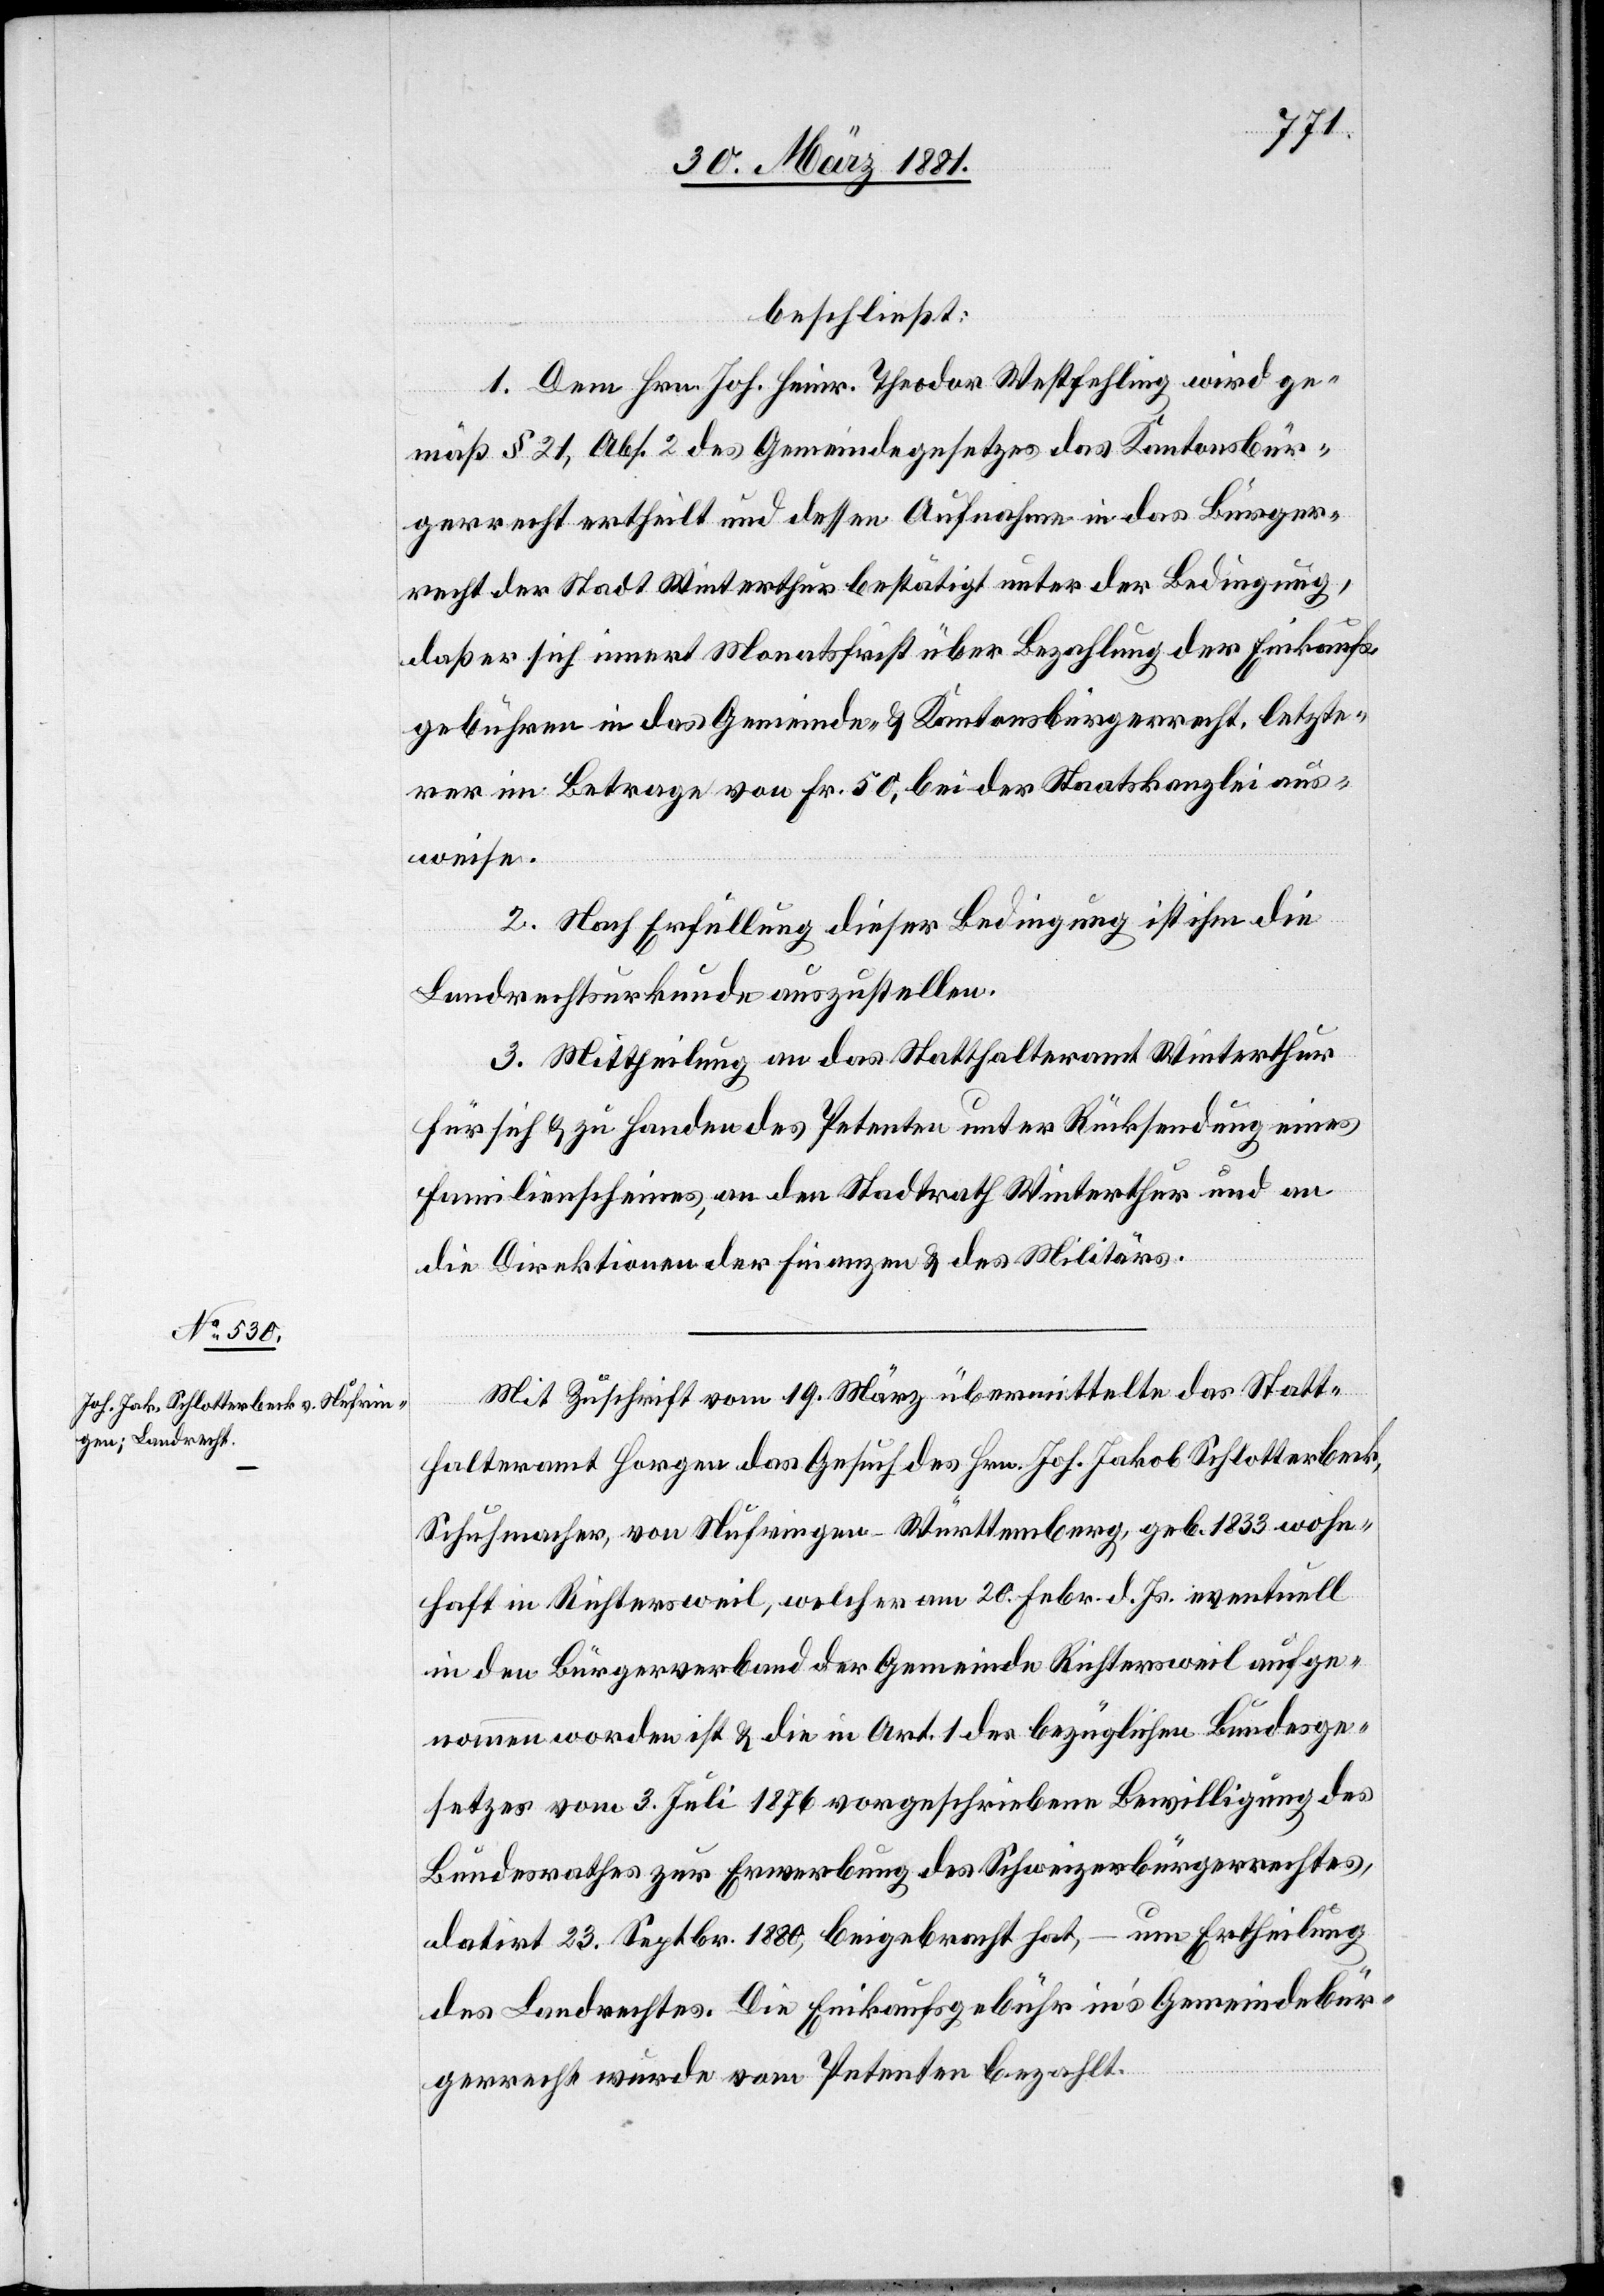
beschließt:
1. Dem Hrn. Joh. Heinr. Theodor Westfehling wird ge¬
mäß § 21, Abs. 2 des Gemeindegesetzes das Kantonsbür¬
gerrecht ertheilt und dessen Aufnahme in das Bürger¬
recht der Stadt Winterthur bestätigt unter der Bedingung,
daß er sich innert Monatsfrist über Bezahlung der Einkaufs¬
gebühren in das Gemeinde- & Kantonsbürgerrecht, letzte¬
rer im Betrage von Fr. 50, bei der Staatskanzlei aus¬
weise.
2. Nach Erfüllung dieser Bedingung ist ihm die
Landrechturkunde auszustellen.
3. Mittheilung an das Statthalteramt Winterthur
für sich & zu Handen des Petenten unter Rücksendung eines
Familienscheines, an den Stadtrath Winterthur und an
die Direktionen der Finanzen & des Militärs.
Mit Zuschrift vom 19. März übermittelte das Statt¬
halteramt Horgen das Gesuch des Hrn. Joh. Jakob Schlotterbeck,
Schuhmacher, von Nufringen - Württemberg, geb. 1833 wohn¬
haft in Richtersweil, welcher am 20. Febr. d. Js. eventuell
in den Bürgerverband der Gemeinde Richtersweil aufge¬
nommen worden ist & die in Art. 1 des bezüglichen Bundesge¬
setzes vom 3. Juli 1876 vorgeschriebene Bewilligung des
Bundesrathes zur Erwerbung des Schweizerbürgerrechtes,
datirt 23. Septbr. 1880, beigebracht hat, – um Ertheilung
des Landrechtes. Die Einkaufsgebühr in’s Gemeindebür¬
gerrecht wurde vom Petenten bezahlt.